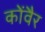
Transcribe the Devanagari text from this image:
कोंवैर